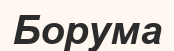
Борума